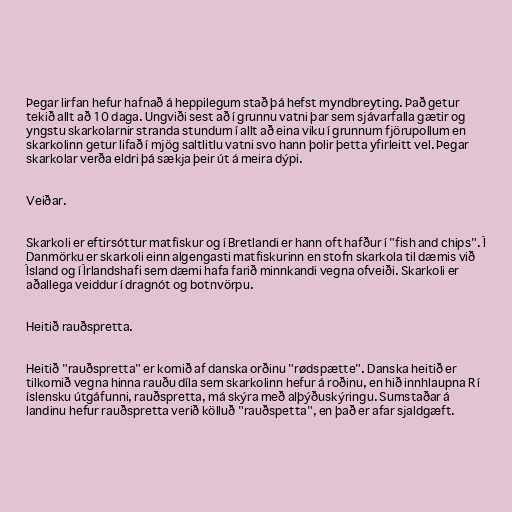
Þegar lirfan hefur hafnað á heppilegum stað þá hefst myndbreyting. Það getur
tekið allt að 10 daga. Ungviði sest að í grunnu vatni þar sem sjávarfalla gætir og
yngstu skarkolarnir stranda stundum í allt að eina viku í grunnum fjörupollum en
skarkolinn getur lifað í mjög saltlitlu vatni svo hann þolir þetta yfirleitt vel. Þegar
skarkolar verða eldri þá sækja þeir út á meira dýpi.

Veiðar.

Skarkoli er eftirsóttur matfiskur og í Bretlandi er hann oft hafður í "fish and chips". Í
Danmörku er skarkoli einn algengasti matfiskurinn en stofn skarkola til dæmis við
Ísland og í Írlandshafi sem dæmi hafa farið minnkandi vegna ofveiði. Skarkoli er
aðallega veiddur í dragnót og botnvörpu.

Heitið rauðspretta.

Heitið "rauðspretta" er komið af danska orðinu "rødspætte". Danska heitið er
tilkomið vegna hinna rauðu díla sem skarkolinn hefur á roðinu, en hið innhlaupna R í
íslensku útgáfunni, rauðspretta, má skýra með alþýðuskýringu. Sumstaðar á
landinu hefur rauðspretta verið kölluð "rauðspetta", en það er afar sjaldgæft.